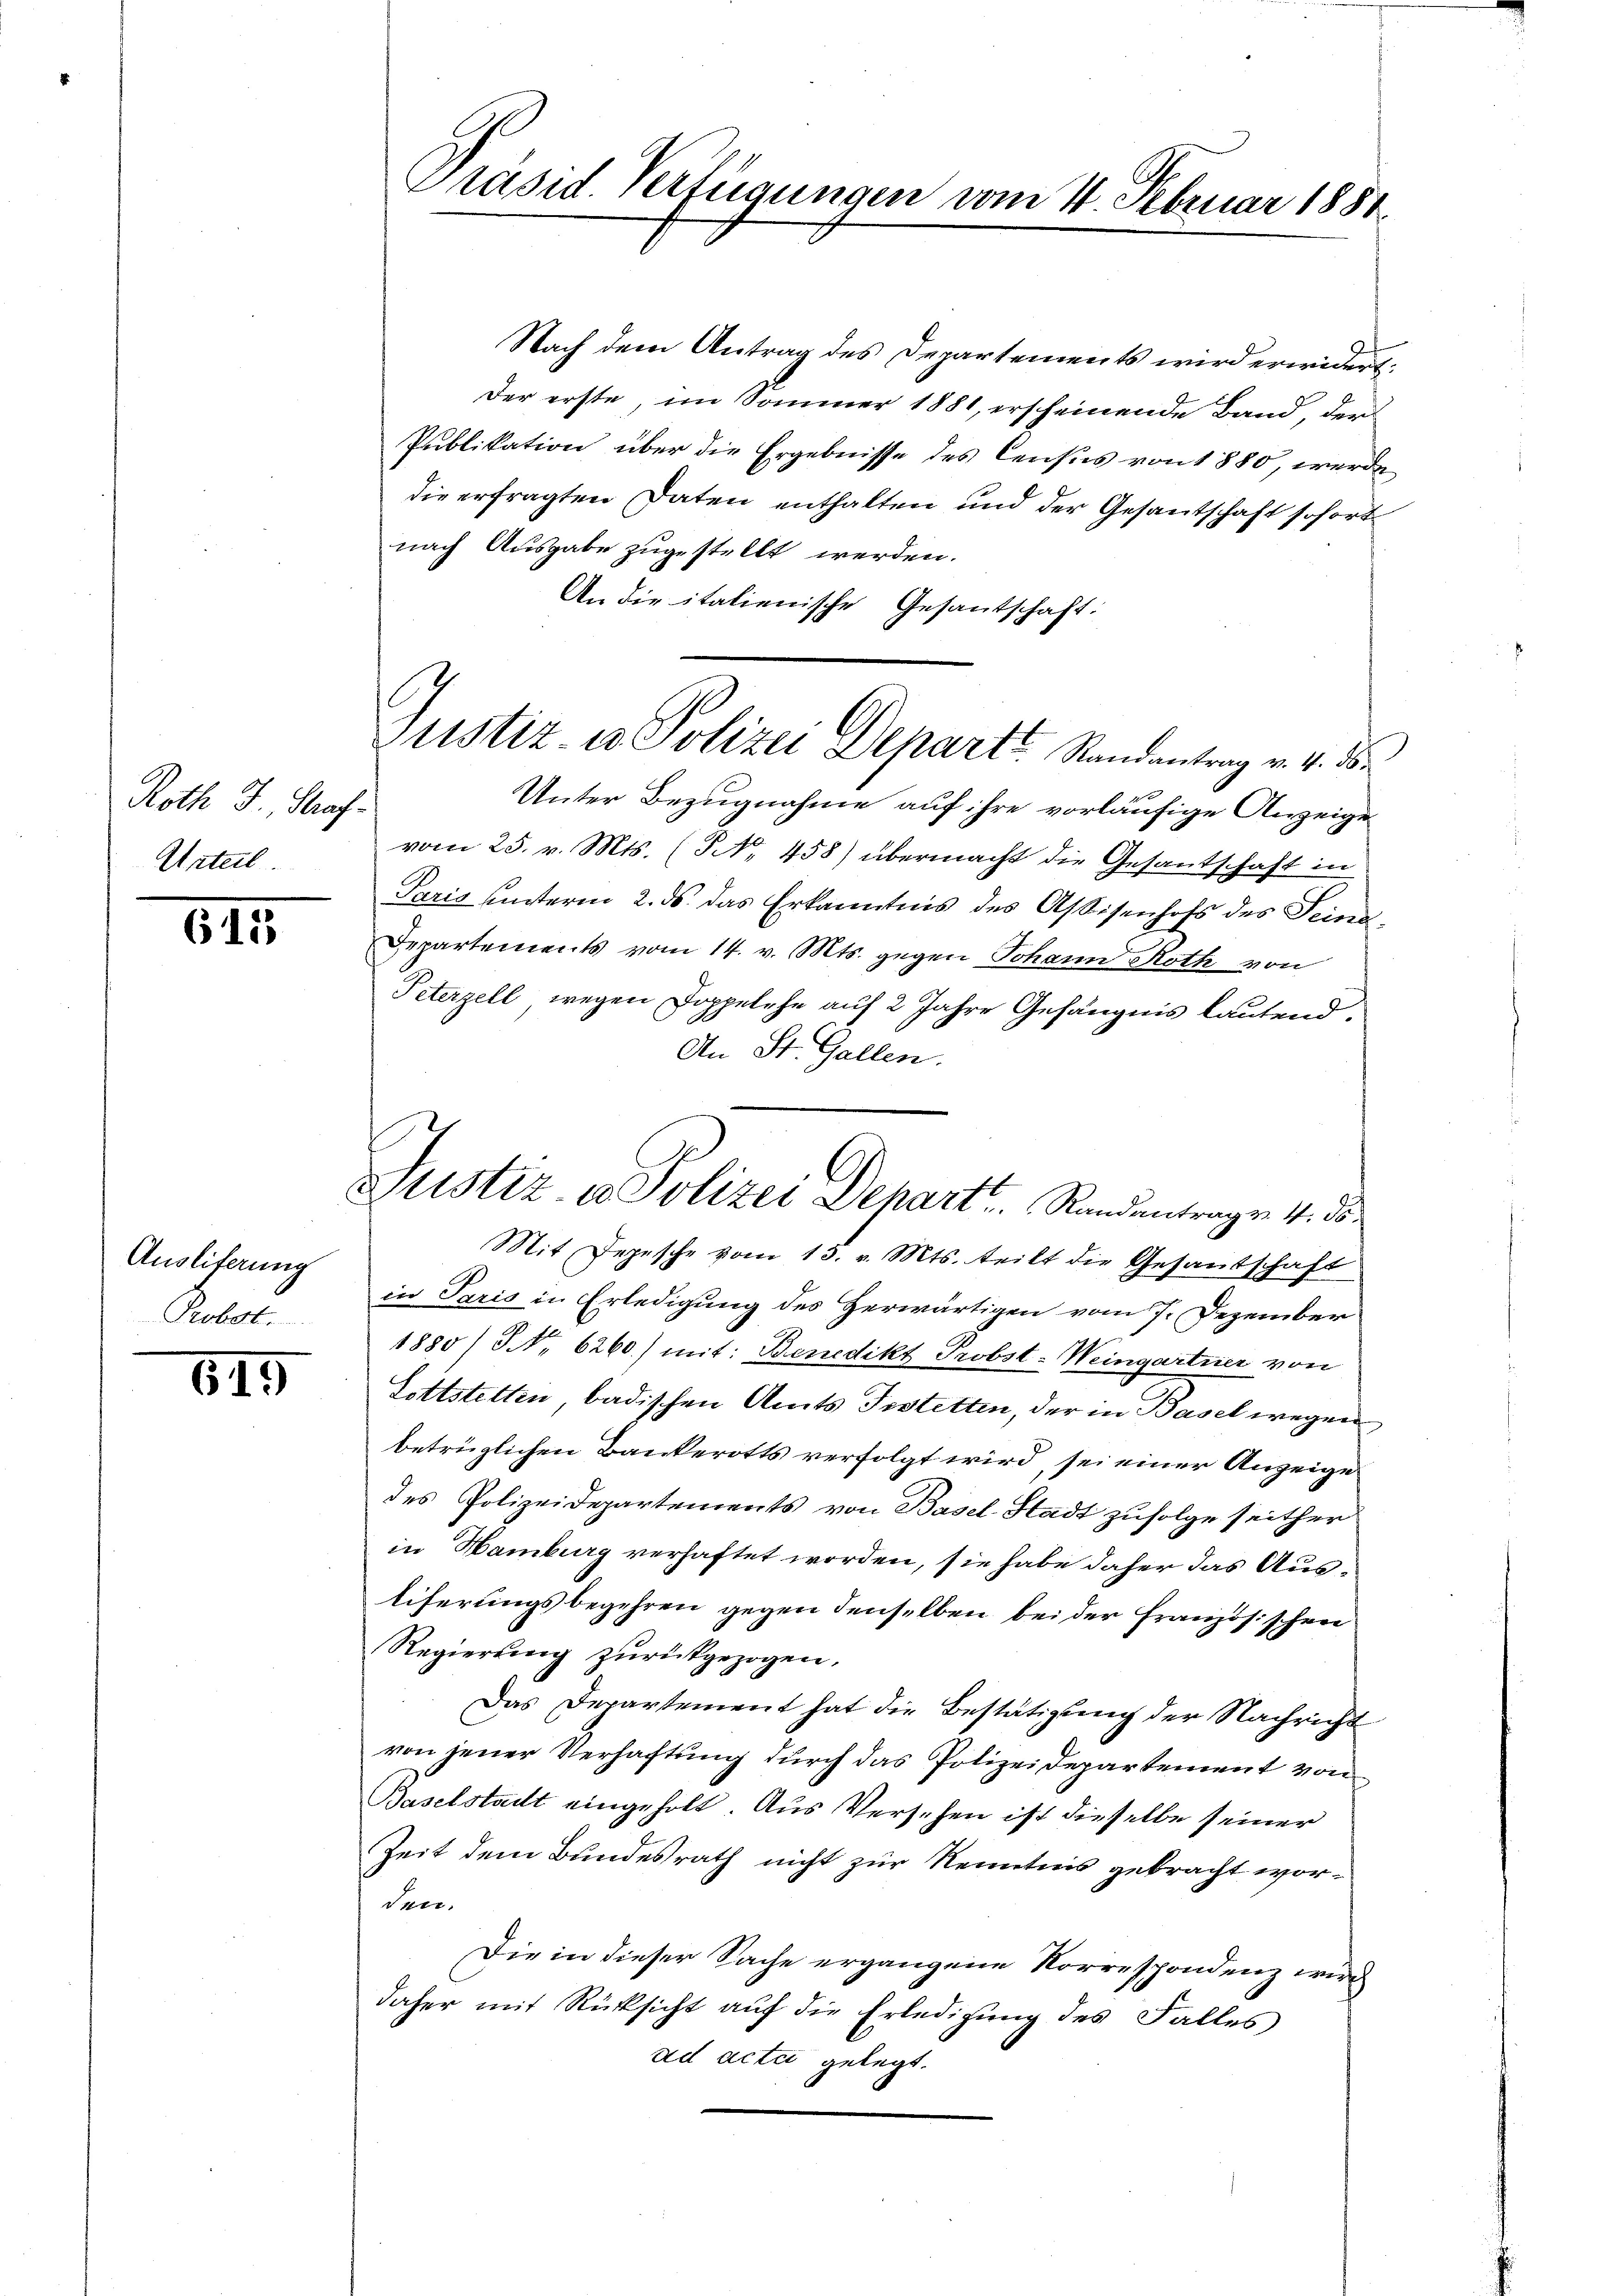
Roth J. Straf¬
Urteil

615

Ausliferung
Probst

615

Präsid. Verfügungen vom 4. Februar 1881

Justiz- u. Polizei Depart Randantrag v. 4. Be

Justiz u. Polizei Departi.  Rundentrage 4. d

Nach dem Antrag des Departements wird erwidert:
Der erste im Sommer 1881, erscheinende Band, der
Publikation über die Ergebnisse des Census von 1880, werde
die erfragten Daten enthalten und der Gesantschaft sofort
nach Ausgabe zugestellt werden.
An die italienische Gesantschaft:
Unter Bezugnahme auf ihre vorläufige Anzeige
vom 25. v. Mts. (NNo. 458) übermacht die Gesantschaft in
Paris unterm 2. ds. das Erkanntnis des Assisenhofs des Seine¬
Departements vom 14. v. Mts. gegen Johann Roth von
Peterzell wegen Doppelche auf 2 Jahre Gefängnis lautend.
An St. Gallen.
Mit Depesche vom 13. v. Mts. teilt die Gesantschaft
in Paris in Erledigung des Herwärtigen vom 7. Dezember
1880) S. 6260) mit: Benedikt Probst-Weingartner von
Lottstetten, badischen Amts Testetten, der in Basel wegen
betrüglichen Bankerotts verfolgt wird, sei einer Anzeige
des Polizeidepartements von Basel-Stadt zufolge seither
in Hamburg verhaftet worden, sie habe daher das Ausliferungsbegehren gegen denselben bei der Französischen
Regierung zŭrückgezogen.
Das Departement hat die Bestätigung der Nachricht
von jener Verhaftung durch das Polizei Departement von
Baselstadt eingeholt. Aus Versehen ist dieselbe seiner
Zeit dem Bundesrath nicht zur Kenntnis gebracht worden.
Die in dieser Sache ergangene Korrespondenz wird
daher mit Rücksicht auf die Erledigung des Falles
ad acti gelegt.